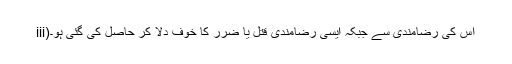
iii)اس کی رضامندی سے جبکہ ایسی رضامندی قتل یا ضرر کا خوف دلا کر حاصل کی گئی ہو۔